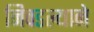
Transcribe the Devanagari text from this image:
निवडल्याने